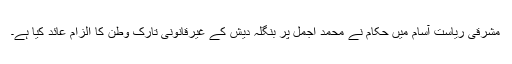
مشرقی ریاست آسام میں حکام نے محمد اجمل پر بنگلہ دیش کے غیرقانونی تارک وطن کا الزام عائد کیا ہے۔